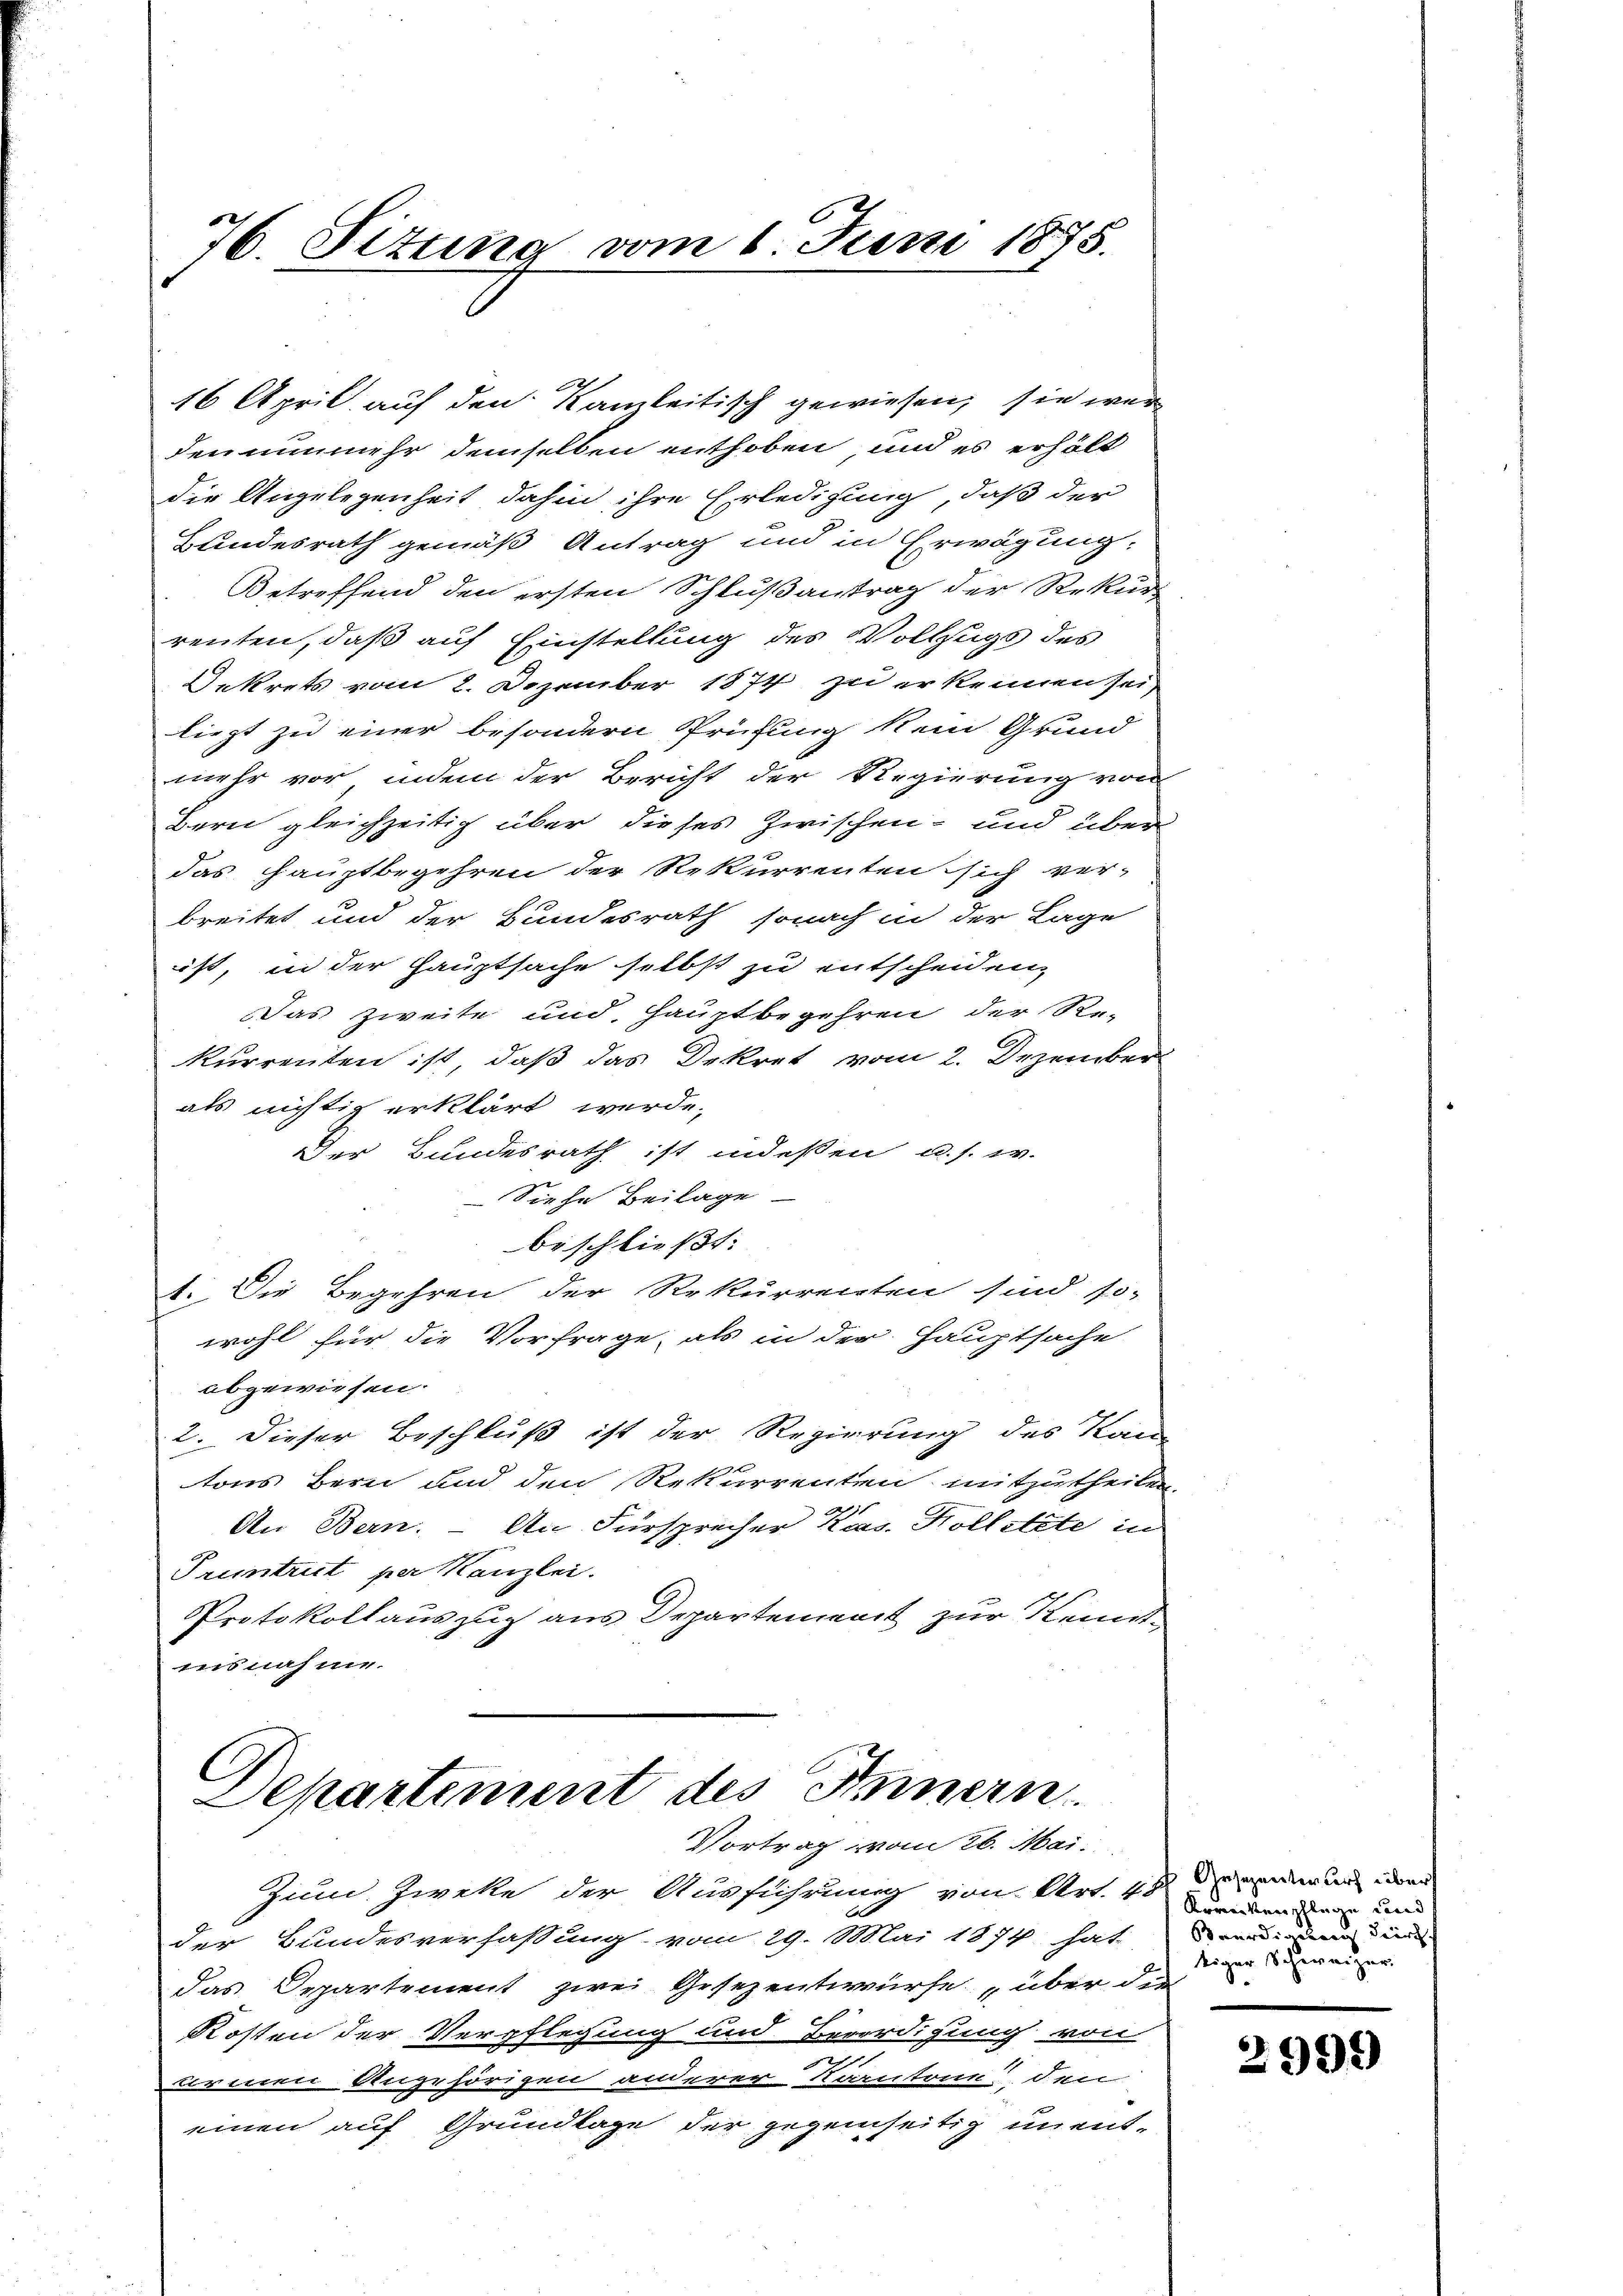
76. Situng vom 1. Juni 1875.

16 April auf den Kanzleitisch gewiesen, sie war
den nunmehr demselben enthoben und es erhält
die Angelegenheit dahin ihre Erledigung, daß der
Hundesrath gemäß Antrag und in Erwägung
Betreffend den ersten Schlußantrag der Rekur
renten, daß auf Einstellung des Vollzugs des
Dekrets vom 2. Dezember 1874 zu erkennen sei,
liegt zu einer besondern Prüfung kein Grund
mehr vor, inden der Bericht der Regierung von
Bern gleichzeitig über dieses Zwischen- und über
das Hauptbegehren der Rekurrenten sich verbreitet und der Bundesrath, sonach in der Lage
ist, in der Hauptsache selbst zu entscheiden,
Das zweite und Hauptbegehren der Re-
kurrenten ist, daß das Dekret vom 2. Dezember
als nichtig erklärt werde.
Der Bundesrath ist indeßen u. s. w.
Siehe Beilage
beschließt:
1. Die Begehren der Rekurrenten sind so-
wohl für die Vorfrage, als in der Hauptsache
abgewiesen.
2. Dieser Beschluß ist der Regierung des Kan
tons Bern und den Rekurrenten mitzutheilen.
An Bern. – An Fürsprecher Kas. Kolletete in
Pruntrut per Kanzlei.
Protokollauszug aus Departement zur Kenntinsnahme.

2

C
Separtement des Innern.
Vortrag vom 26. Mai.

Zum Zweke der Ausführung von Art. 45
der Bundesverfassung vom 29. Mai 1874 hat an den
das Departement zwei Gesezentwürfe über die
Kosten der Verpflegung und Beerdigung von
an
armen Angehörigen anderer Korntone, den
einen auf Grundlage der gegenseitig unent¬

Gesezentwurf übers
Komitenschlage und
tiger Schweizer

2999